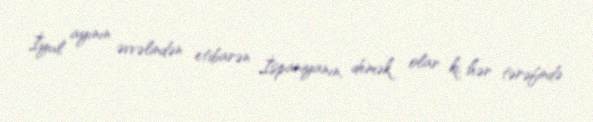
İyul ayının əvvəlindən etibarən İspaniyanın, demək olar ki, hər tərəfində